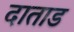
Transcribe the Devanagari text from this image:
दाताड